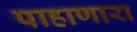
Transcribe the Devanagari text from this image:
पाहाणारा